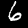
Digit: 6